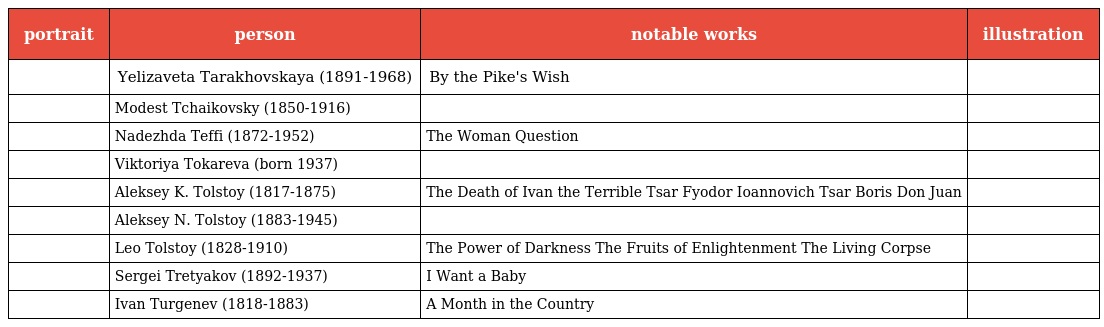
| portrait | person | notable works | illustration |
 | --- | --- | --- | --- |
 |  | Yelizaveta Tarakhovskaya (1891-1968) | By the Pike's Wish |  |
 |  | Modest Tchaikovsky (1850-1916) |  |  |
 |  | Nadezhda Teffi (1872-1952) | The Woman Question |  |
 |  | Viktoriya Tokareva (born 1937) |  |  |
 |  | Aleksey K. Tolstoy (1817-1875) | The Death of Ivan the Terrible Tsar Fyodor Ioannovich Tsar Boris Don Juan |  |
 |  | Aleksey N. Tolstoy (1883-1945) |  |  |
 |  | Leo Tolstoy (1828-1910) | The Power of Darkness The Fruits of Enlightenment The Living Corpse |  |
 |  | Sergei Tretyakov (1892-1937) | I Want a Baby |  |
 |  | Ivan Turgenev (1818-1883) | A Month in the Country |  |